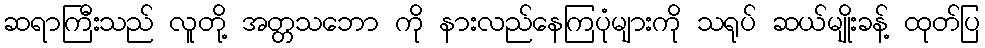
ဆရာကြီးသည် လူတို့ အတ္တသဘော ကို နားလည်နေကြပုံများကို သရုပ် ဆယ်မျိုးခန့် ထုတ်ပြ